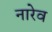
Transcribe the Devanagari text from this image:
नारेव